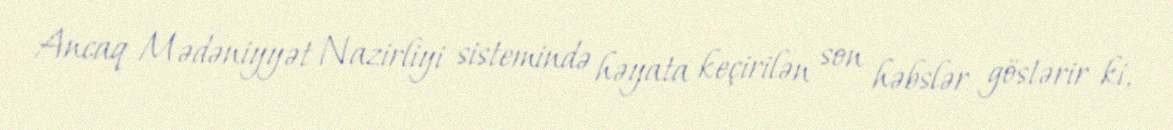
Ancaq Mədəniyyət Nazirliyi sistemində həyata keçirilən son həbslər göstərir ki,